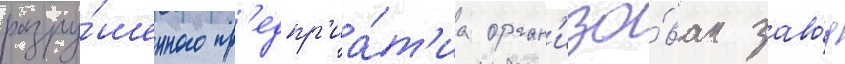
разру́шенного пр'едпр'иа́т'иа орган'изо́ван заво́д